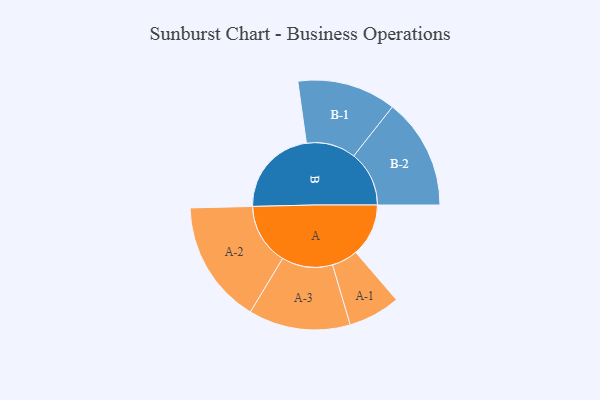
{"axis": {"x": "Segment", "y": "Value"}, "legend": ["", "A", "B"], "data": [{"x": "A", "y": 221, "type": ""}, {"x": "B", "y": 374, "type": ""}, {"x": "A-1", "y": 109, "type": "A"}, {"x": "A-2", "y": 258, "type": "A"}, {"x": "A-3", "y": 213, "type": "A"}, {"x": "B-1", "y": 207, "type": "B"}, {"x": "B-2", "y": 232, "type": "B"}]}